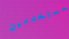
مستخدمين